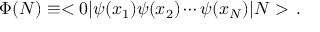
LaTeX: \Phi ( N ) \equiv < 0 \vert \psi ( x _ { 1 } ) \psi ( x _ { 2 } ) \cdots \psi ( x _ { N } ) \vert N > \, .